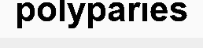
polyparies